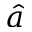
\hat { a }